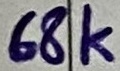
Text: 68K